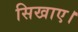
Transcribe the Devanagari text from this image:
सिखाए।